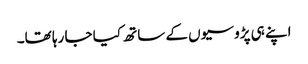
اپنے ہی پڑوسیوں کے ساتھ کیا جا رہا تھا۔